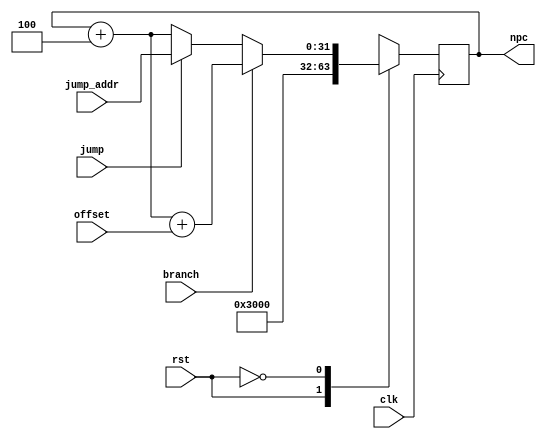
module PC(
    input clk,
    input rst,
    input branch,
    input jump,
    input [31:0] offset,
    input [31:0] jump_addr,
    output reg [31:0] npc
    );

  always @(posedge clk) begin
    case (rst)
        1:npc <= 12288;
        0:begin
            if(branch)      npc <= npc + 4 + offset;
            else if(jump)   npc <= jump_addr;
            else            npc <= npc + 4;
        end
    endcase
  end

endmodule